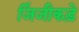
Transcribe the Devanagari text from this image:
जिंजीकड़े